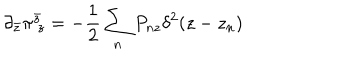
\partial _ { \bar { z } } \pi _ { ~ z } ^ { \bar { z } } = - \frac { 1 } { 2 } \sum _ { n } P _ { n z } \delta ^ { 2 } ( z - z _ { n } )